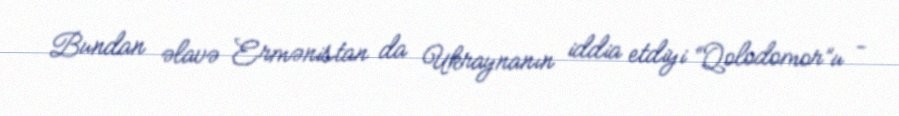
Bundan əlavə Ermənistan da Ukraynanın iddia etdiyi “Qolodomor”u -